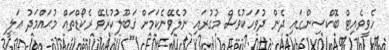
ހެވީވެއިޓް ބޮކްސިންގައި ދެން ދުވަހަކުވެސް މުގުރައި ނުލެވޭނެކަމަށް ޤަބޫލުކުރެވޭ ރެކޯޑްތައް މުޙައްމަދު ޢަލީ